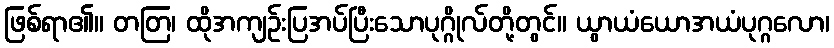
ဖြစ်ရာ၏။ တတြ၊ ထိုအကျဉ်းပြအပ်ပြီးသောပုဂ္ဂိုလ်တို့တွင်။ ယွာယံယောအယံပုဂ္ဂလော၊